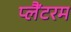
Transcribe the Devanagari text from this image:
प्लैंटरम